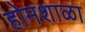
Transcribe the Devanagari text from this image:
होमशाळा